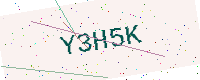
Text: Y3H5K